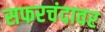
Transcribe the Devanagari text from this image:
सफरचंदावर